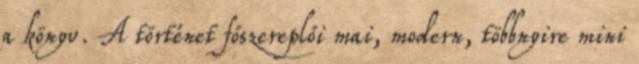
a könyv. A történet főszereplői mai, modern, többnyire mini